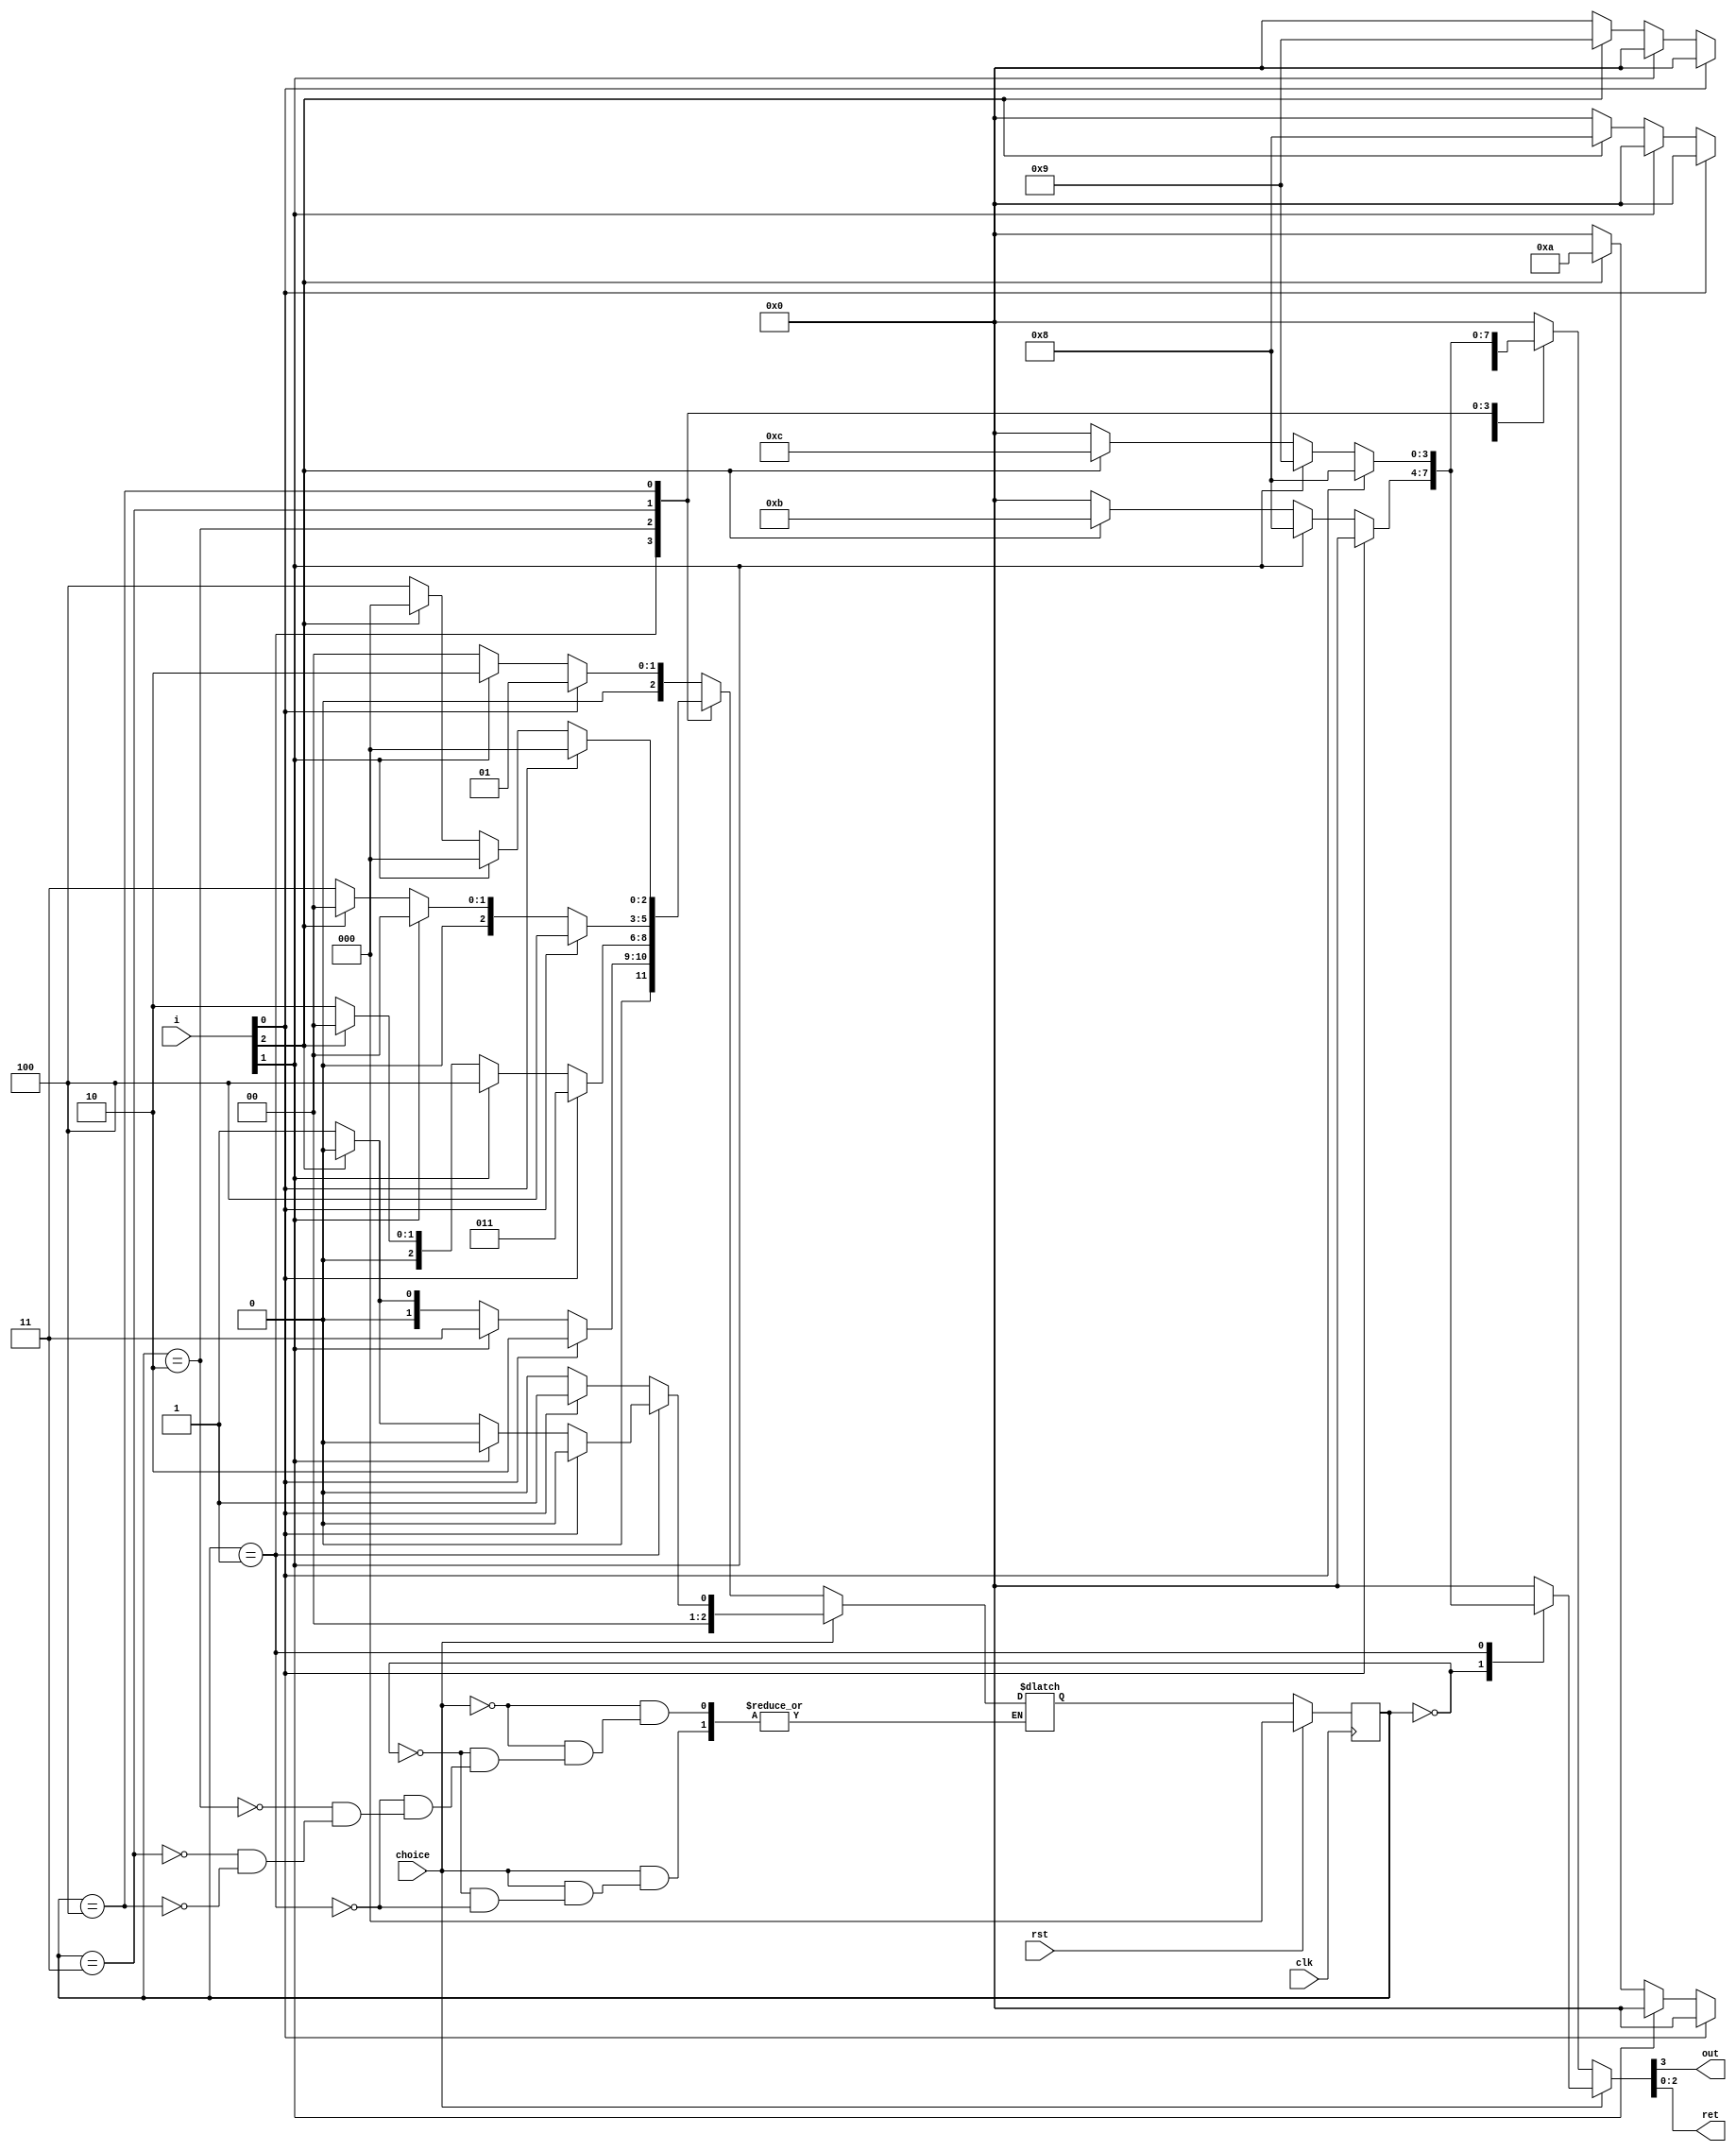
`timescale 1ns / 1ps
//////////////////////////////////////////////////////////////////////////////////
// Company: 
// Engineer: 
// 
// Design Name: 
// Module Name: VendingMachine
// Project Name: 
// Target Devices: 
// Tool Versions: 
// Description: 
// 
// Dependencies: 
// 
// Revision:
// Revision 0.01 - File Created
// Additional Comments:
// 
//////////////////////////////////////////////////////////////////////////////////


module VendingMachine(out,ret,i,choice,rst,clk);

input [2:0]i;    // i[0] = 1 Dollar Coin , i[1] = 2 Dollar Coin , i[2] = 5 Dollar Coin
input rst;
input choice; //choice = 1 for Chocolate and 0 for Drink
input clk;
output reg out;
output reg [2:0]ret;

parameter s0=3'b000, s1=3'b001, s2=3'b010, s3=3'b011, s4=3'b100;       //Encoding
reg [2:0]pr_state,nxt_state;


always@(posedge clk)               //Sequential Logic Block
begin
        if(rst)
            pr_state<=0;
        else
            pr_state<=nxt_state;
end
            
always@(i,pr_state)              // Next State Combinational Logic
begin
    if(choice) 
     case(pr_state) 
          s0: if(i[0])   nxt_state=s1;         //Output = 0
              else if(i[1])   nxt_state=s0;         // Output = 1
              else if(i[2])   nxt_state=s0;       //Output = 1 But return change
              else nxt_state=s0;              // Output = 0
          s1: if(i[0])   nxt_state=s0;     // Output 1
              else if(i[1])      nxt_state=s0;        //Output = 1 and return
              else if(i[2])     nxt_state=s0;   //Output = 1 and return
              else  nxt_state=s1;      //wait for coins
          default: $display("Insert Coins");
      endcase
    else
      case(pr_state)
            s0: if(i[0])     nxt_state=s1;    //Output = 0
                else if(i[1])         nxt_state=s2;  //Output = 0
                else if(i[2])           nxt_state=s0;  // Output = 1 and return change
                 else  nxt_state=s0;      //wait for coins
            s1: if(i[0])        nxt_state=s2;
                else if(i[1])   nxt_state=s3;
                else if(i[2])   nxt_state=s0;  //Output = 1 and return money
                else  nxt_state=s1;      // Wait for coin
            s2:  if(i[0])   nxt_state=s3;  //output =0
                 else if(i[1])  nxt_state=s4;  //Output = 0;
                 else if(i[2])  nxt_state=s0;  // Output = 1 and return
                 else nxt_state=s2;          //wait for coins
            s3:  if(i[0])   nxt_state=s4;  //Output = 0;
                 else if(i[1])   nxt_state=s0; // Output = 1 and no return
                 else if(i[2])  nxt_state=s0; //Output = 1 and Return money
                 else  nxt_state=s3;   //Wait fo coins
            s4:  if(i[0])          nxt_state=s0;   //Output = 1 No return
                 else if(i[1])      nxt_state=s0;  //Output = 1 and return
                 else if(i[2])      nxt_state=s0;   //Output = 1 and return
                 else  nxt_state=s4;        //Wait fo coins
             default: $display("Insert Coins");
          endcase
end

always@(*)              //Output Combinational Logic: Mealy Machine   
begin
    if(choice)
        case(pr_state)
            s0: if(i[0])   {out,ret}<=4'b0000;
                else if(i[1])   {out,ret}<=4'b1000;
                else if(i[2])    {out,ret}<=4'b1011;
                else {out,ret}<=4'b0000;
            s1: if(i[0])   {out,ret}<=4'b1000;
                else if(i[1])   {out,ret}<=4'b1001;
                else if(i[2])    {out,ret}<=4'b1100;
                else {out,ret}<=4'b0000;
            default: {out,ret}<=4'b0000;
         endcase
    else
        case(pr_state)
            s0: if(i[0])   {out,ret}<=4'b0000;
                else if(i[1])   {out,ret}<=4'b0000;
                else if(i[2])    {out,ret}<=4'b1000;
                else {out,ret}<=4'b0000;
            s1: if(i[0])   {out,ret}<=4'b0000;
                else if(i[1])   {out,ret}<=4'b0000;
                else if(i[2])    {out,ret}<=4'b1001;
                else {out,ret}<=4'b0000; 
            s2: if(i[0])   {out,ret}<=4'b0000;
                else if(i[1])   {out,ret}<=4'b0000;
                else if(i[2])    {out,ret}<=4'b1010; 
                else {out,ret}<=4'b0000;
            s3: if(i[0])   {out,ret}<=4'b0000;
                else if(i[1])   {out,ret}<=4'b1000;
                else if(i[2])    {out,ret}<=4'b1011; 
                else {out,ret}<=4'b0000;
            s4: if(i[0])   {out,ret}<=4'b1000;
                else if(i[1])   {out,ret}<=4'b1001;
                else if(i[2])    {out,ret}<=4'b1100; 
                else {out,ret}<=4'b0000;
            default:    {out,ret}<=4'b0000;                                  
          endcase
end     
endmodule